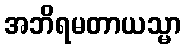
အဘိရမတာယသ္မာ